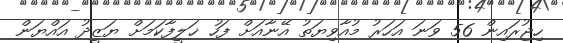
ހިޖުރައިން 56 ވަނަ އަހަރު މުއާވިޔަތު އޭނާއަށް ފަހު ޚަލީފާކަމަށް ޔަޒީދު އައްޔަން